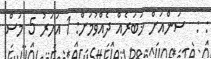
: :  ސަންއަށް ޚަބަރެއް ދެއްވުމަށް: 1 އަހަރު 5 މަސް